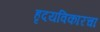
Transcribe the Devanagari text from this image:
हृदयविकारचा